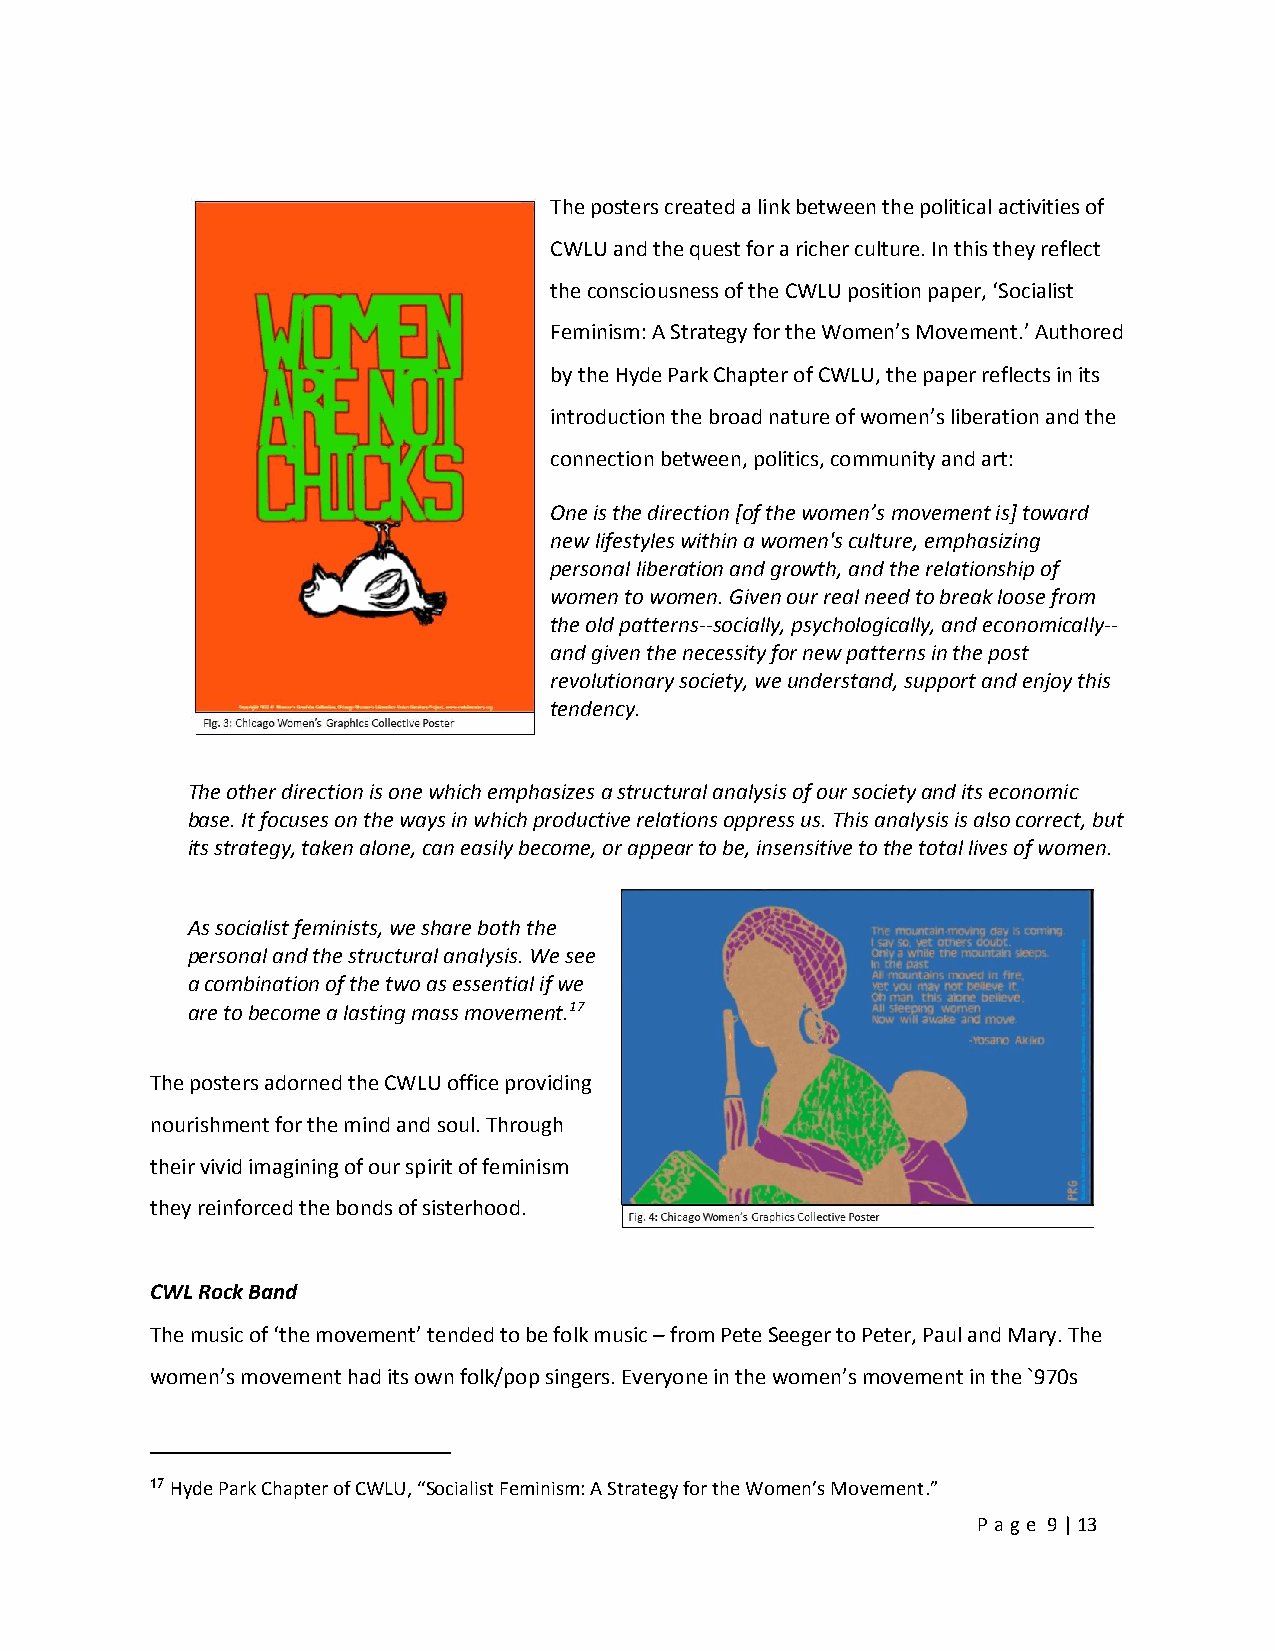
The posters created a link between the political activities of
 CWLU and the quest for a richer culture. In this they reflect
 the consciousness of the CWLU position paper, ‘Socialist
 Feminism: A Strategy for the Women’s Movement.’ Authored
 by the Hyde Park Chapter of CWLU, the paper reflects in its
 introduction the broad nature of women’s liberation and the
 connection between, politics, community and art:
 One is the direction [of the women’s movement is] toward
 new lifestyles within a women's culture, emphasizing
 personal liberation and growth, and the relationship of
 women to women. Given our real need to break loose from
 the old patterns--socially, psychologically, and economically--
 and given the necessity for new patterns in the post
 revolutionary society, we understand, support and enjoy this
 tendency.
 The other direction is one which emphasizes a structural analysis of our society and its economic
 base. It focuses on the ways in which productive relations oppress us. This analysis is also correct, but
 its strategy, taken alone, can easily become, or appear to be, insensitive to the total lives of women.
 As socialist feminists, we share both the
 personal and the structural analysis. We see
 a combination of the two as essential if we
 are to become a lasting mass movement.17
 The posters adorned the CWLU office providing
 nourishment for the mind and soul. Through
 their vivid imagining of our spirit of feminism
 they reinforced the bonds of sisterhood.
 CWL Rock Band
 The music of ‘the movement’ tended to be folk music – from Pete Seeger to Peter, Paul and Mary. The
 women’s movement had its own folk/pop singers. Everyone in the women’s movement in the `970s
 17 Hyde Park Chapter of CWLU, “Socialist Feminism: A Strategy for the Women’s Movement.”
 Pa ge 9 | 13